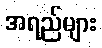
အရည်များ